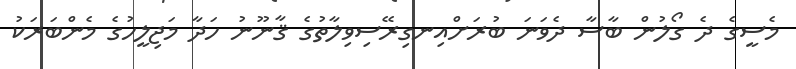
މެސީގެ ދެ ގޯލުން ބާސާ ދެވަނަ ބުރަށްއިނގިރޭސިވިލާތުގެ ޤާނޫނު ހަދާ މަޖިލީހުގެ މެންބަރަކު